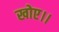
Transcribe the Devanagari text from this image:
खोए।।